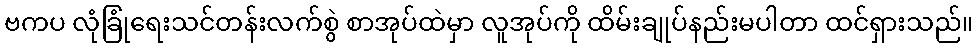
ဗကပ လုံခြုံရေးသင်တန်းလက်စွဲ စာအုပ်ထဲမှာ လူအုပ်ကို ထိမ်းချုပ်နည်းမပါတာ ထင်ရှားသည်။